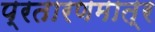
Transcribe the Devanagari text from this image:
प्रतारणमात्र